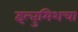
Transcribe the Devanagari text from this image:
इल्तुमिशचा